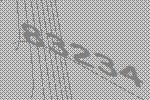
83234